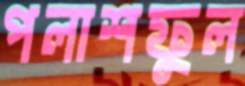
পলাশফুল